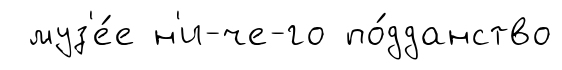
муз'е́е н'и-че-го по́дданство